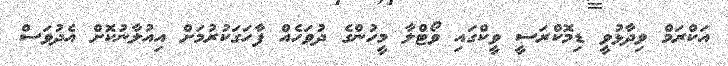
އަކްރަމް ވިދާޅުވީ ޑިމޮކްރަސީ ވީކްގައި ވޯޓްލާ މީހުންގެ ދުވަހެއް ފާހަގަކުރުމަށް އިއުލާނުކޮށް އެދުވަސް